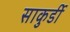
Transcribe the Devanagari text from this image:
साकुर्डी